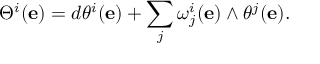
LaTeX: \Theta ^ { i } ( \mathbf { e } ) = d \theta ^ { i } ( \mathbf { e } ) + \sum _ { j } \omega _ { j } ^ { i } ( \mathbf { e } ) \wedge \theta ^ { j } ( \mathbf { e } ) .